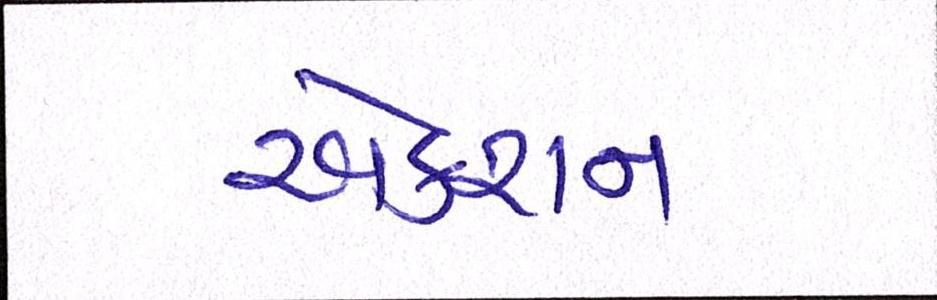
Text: એક્શન